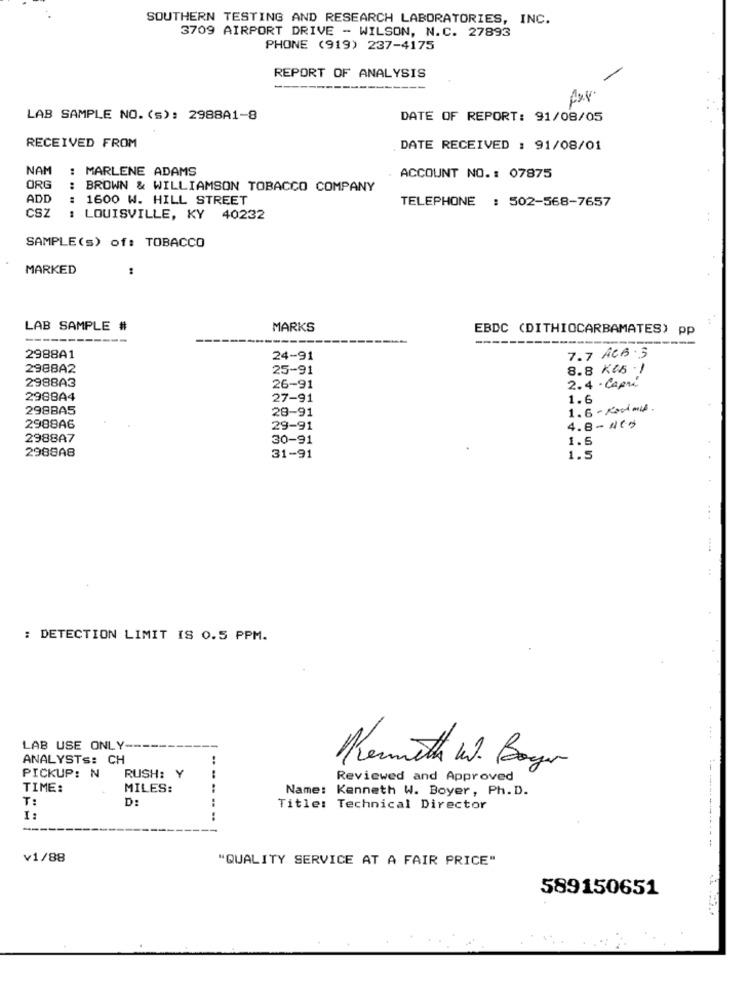
SOUTHERN TESTING AND RESEARCH LABORATORIES, INC.
3709 AIRPORT DRIVE - WILSON, N.C. 27893
PHONE (919) 237-4175
REPORT OF ANALYSIS
LAB SAMPLE NO. (s): 2988A1-8
DATE OF REPORT: 91/08/05
RECEIVED FROM
DATE RECEIVED : 91/08/01
NAM
: MARLENE ADAMS
ACCOUNT NO .: 07875
ORG
: BROWN & WILLIAMSON TOBACCO COMPANY
ADD
1600 W. HILL STREET
TELEPHONE : 502-568-7657
CSZ
: LOUISVILLE, KY 40232
SAMPLE(s) of: TOBACCO
MARKED
LAB SAMPLE #
MARKS
EBDC (DITHIOCARBAMATES) pp
2988A1
24-91
7.7 ACB.3
2988A2
25-91
8.8 K45 .)
2988A3
2.4 - Capri
26-91
2988A4
27-91
1.6
298BA5
28-91
1.6 -Rooms.
4.8- ACS
2988A6
29-91
2988A7
30-91
1.5
2988A8
31-91
1.5
..
: DETECTION LIMIT IS 0.5 PPM.
LAB USE ONLY-
ANALYSTS: CH
Kenneth W. Bayern
PICKUP: N
RUSH: Y
Reviewed and Approved
TIME:
MILES:
Name: Kenneth W. Boyer, Ph. D.
T:
D:
Title: Technical Director
I:
-- - - ---
v1/88
"QUALITY SERVICE AT A FAIR PRICE"
589150651